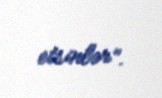
etsinlər”.